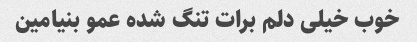
خوب خیلی دلم برات تنگ شده عمو بنیامین